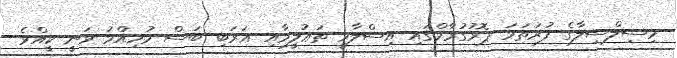
މިސިލްސިލާގެ ފުރަތަމަ ޕޮރުގުރާމްގައި އިސްލާމީ ތަޢުލީމާއި ޢަރަބި ބަސް މުހިއްމު ވަނީ ކީއްވެ